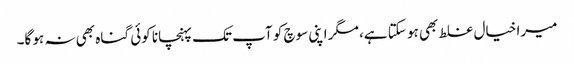
میرا خیال غلط بھی ہو سکتا ہے، مگر اپنی سوچ کو آپ تک پہنچانا کوئی گناہ بھی نہ ہو گا۔